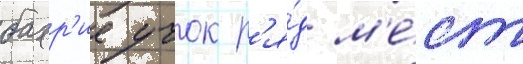
бахр'ие учок р'я́д м'е́ст